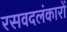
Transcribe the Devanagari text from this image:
रसवदलंकारों